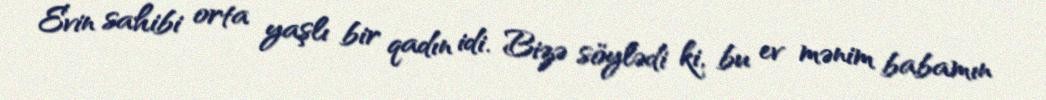
Evin sahibi orta yaşlı bir qadın idi. Bizə söylədi ki, bu ev mənim babamın